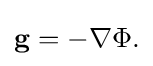
\mathbf {g} =-\nabla \Phi .\,\!